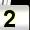
Digit: 2